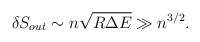
\begin{align*}\delta S_{out} \sim n \sqrt{R \Delta E} \gg n^{3/2}.\end{align*}